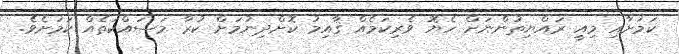
ކަމަށާއި މިއީ ރައްޔިތުންނަށް ހެޔޮ ވެރިކަމެއް ޤާއިމު ކޮށްދިނުމަށް ކުރާ މަސައްކަތެއް ކަމަށެވެ.